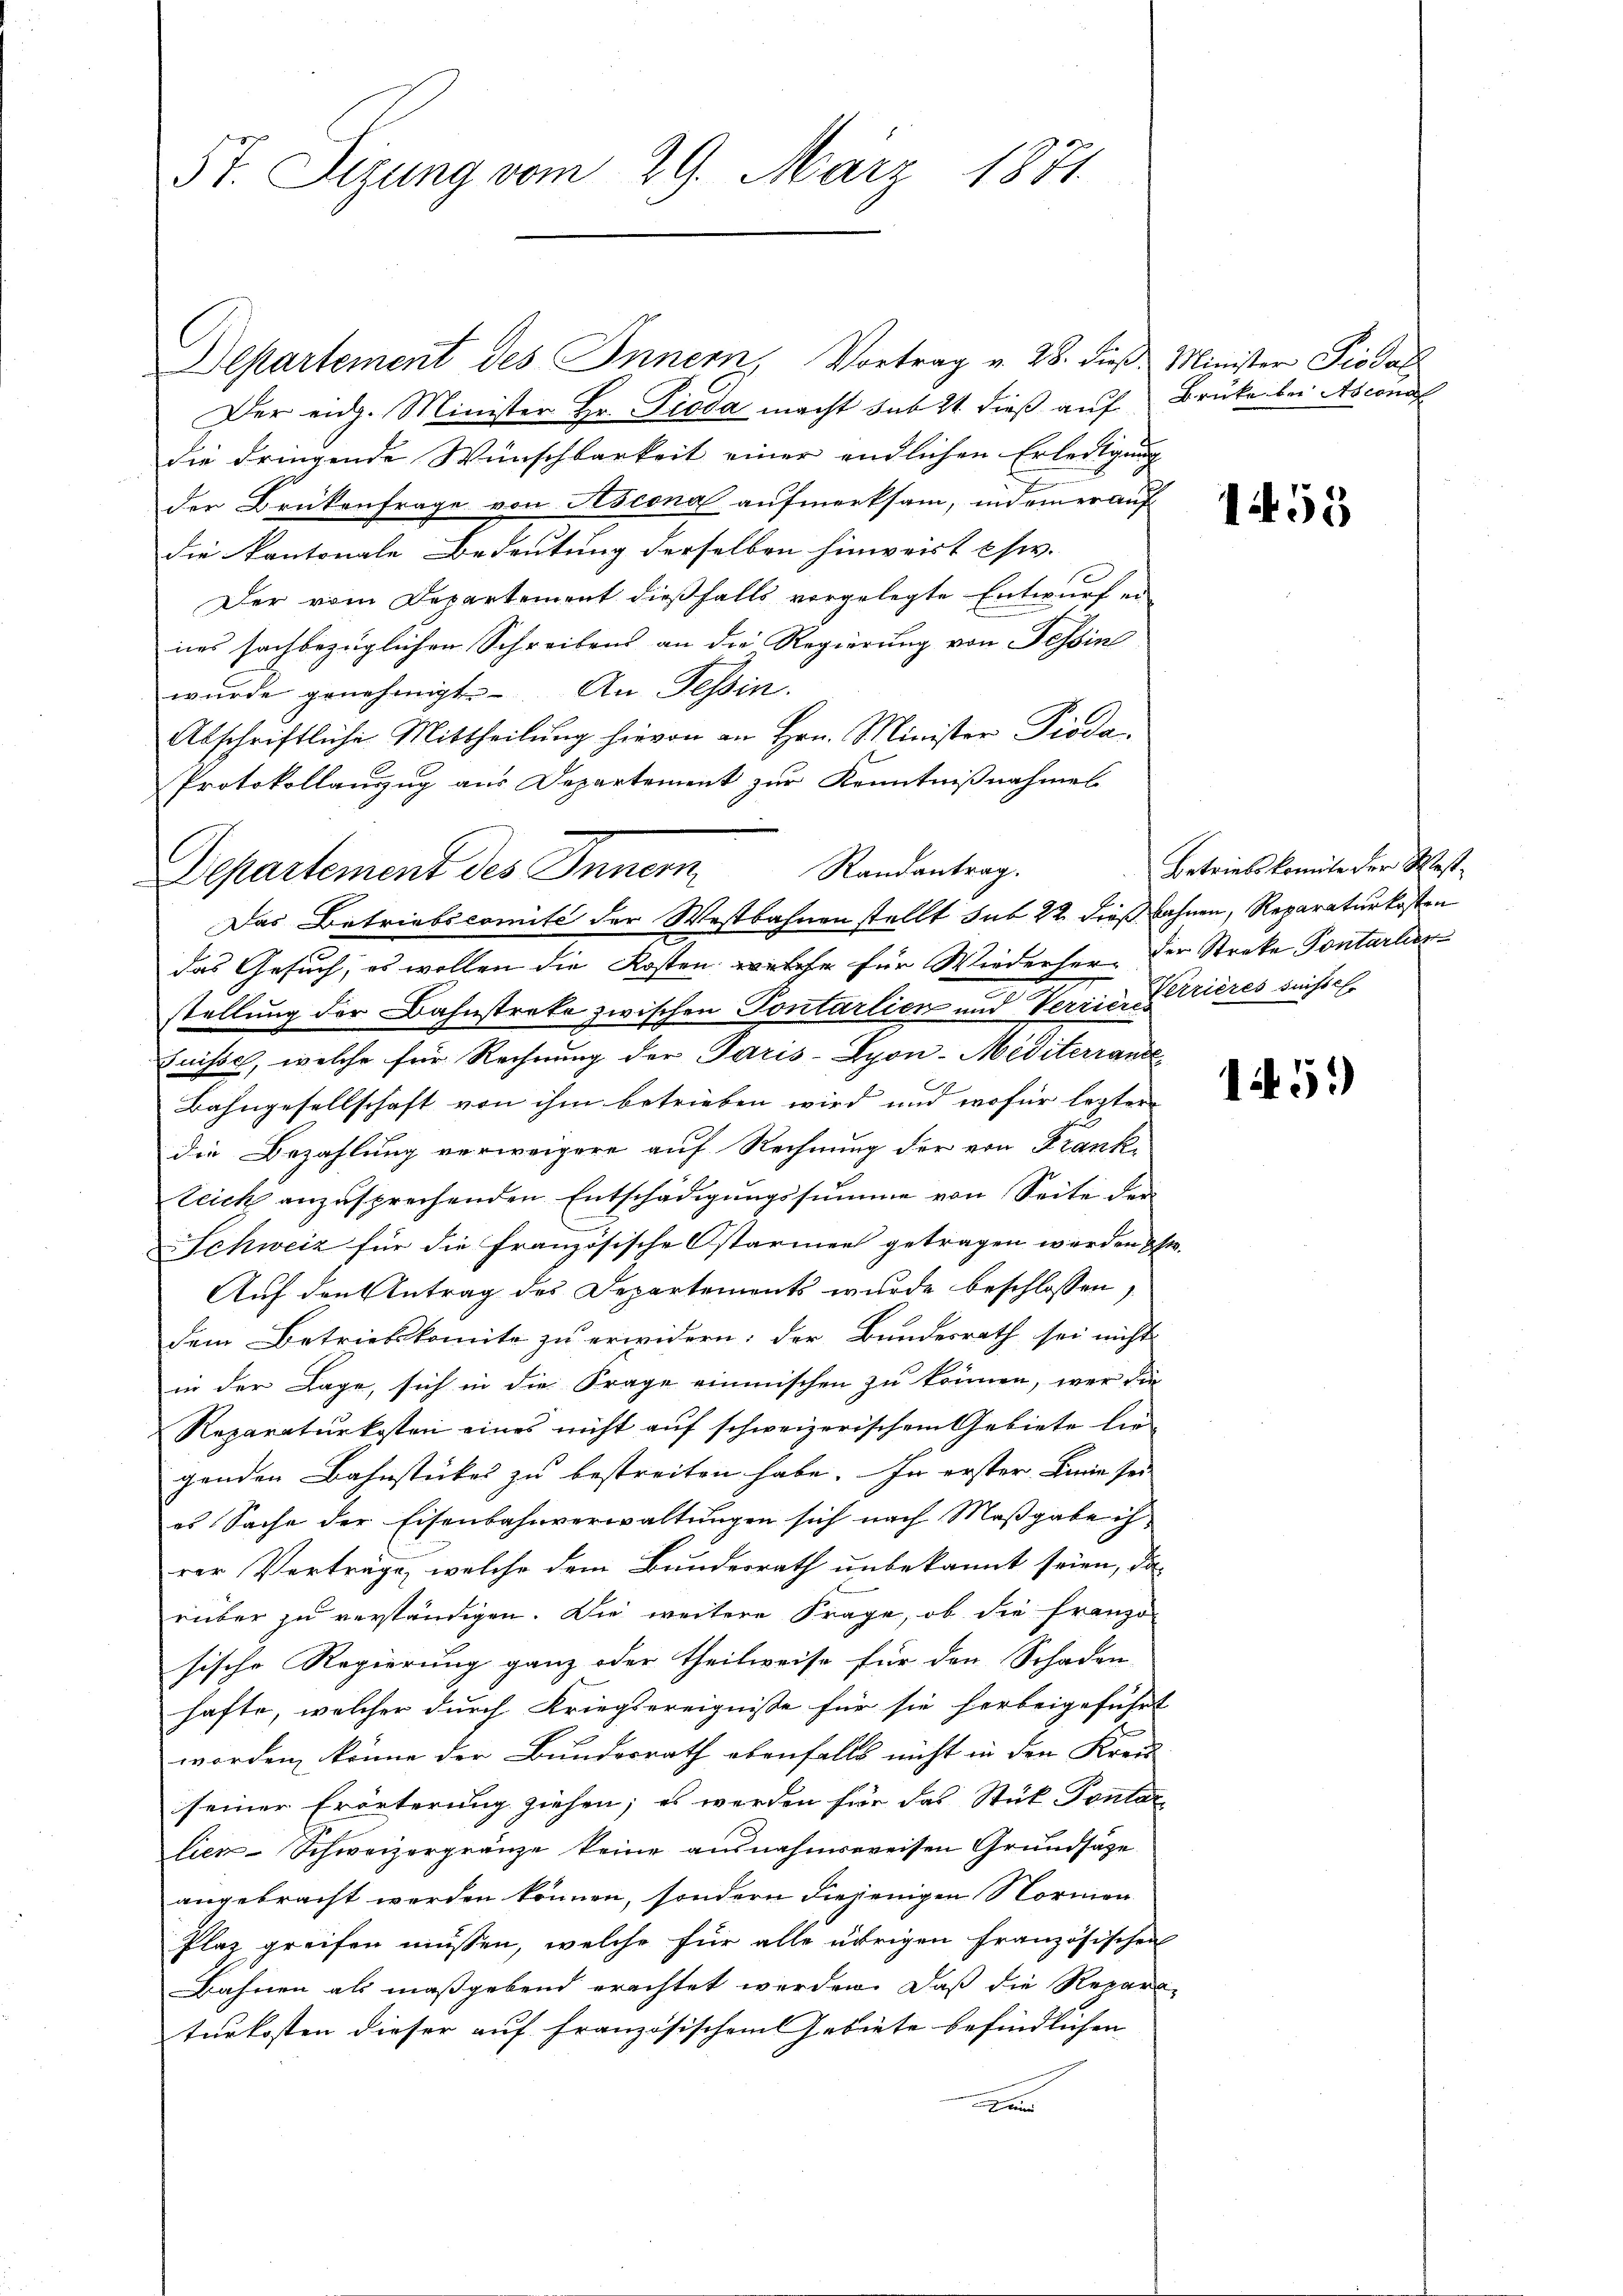
5t. Sizung vom 29. März 1871

Departement des Innern, Vortrag v. 28. dieß Minister Piodal
Der eidg. Minister Hr. Pioda macht sub 21. dieß auf Brücke bei Ascend
die dringende Wünschbarkeit einer endlichen Erledigung
der Brükenfrage von Ascona aufmerksam, indemer auf
die kantonale Bedeutung derselben hinweist chw.
Der vom Departement dießfalls vorgelegte Entwurf er-
nes sachbezüglichen Schreibens an die Regierung von Tessin
wurde genehmigt. An Tessin.
Abschriftliche Mittheilung hievon an Hrn. Minister Pioda
Protokollanzug aus Departement zur Kenntnißnahmes

das Gesuch, es wollen die Kosten welche für Wiederher. Der Streke Pontarlin
stellung der Bahnstreke zwischen Pontarlien und Verrier-Crières sunstel
Suisse, welche für Rechnung der Paris-Gyon-Mediterrand
Bahngesellschaft von ihm betrieben wird und wofür lezter
die Bezahlung verweigere auf Rechnung der von Frank
teich anzusprechenden Entschädigungssumme von Seite der
Schweiz für die französische Ostarmen getragen werden ist.
Auf den Antrag des Departements wurde beschlossen,
dem Betriebskomite zu erwidern; der Bundesrath sei nicht
in der Lage, sich in die Frage einmischen zu können, wer die
Reparaturkosten eines nicht auf schweizerischem Gebiete lie-
genden Bahnstückes zu bestreiten habe. In erster Linie sei
es Sache der Eisenbahnverwaltungen sich nach Maßgabe ih
rer Verträge, welche dem Bundesrath unbekannt seien, da
rüber zu verständigen. Die weitere Frage, ob die Franzo
sische Regierung ganz oder theilweise für den Schaden-
hafte, welcher durch Kriegsereignisse für sie herbeigeführt
worden, könne der Bundesrath ebenfalls nicht in den Kreis
seiner Erörterung ziehen; es werden für das Stük Pontar-
lien-Schweizergränze keine ausnahmsweisen Grundsätze
angebracht werden können, sondern diejenigen Normen
Plaz greifen müssen, welche für alle übrigen französischen
Bahnen als maßgebend erachtet werden. Daß die Repara-
turkosten dieser auf französischem Gebiete befindlichen |
e

Departement des Innern. Standeantrag.
Das Betriebscomité der Westbahnen stellt sus 22 dießbahnen, Reparaturkosten

1455

Betriebskomite der West¬

15.)